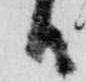
日